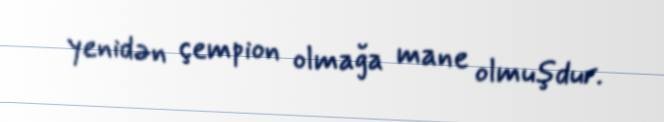
yenidən çempion olmağa mane olmuşdur.